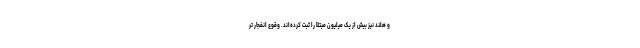
و هلند نیز بیش از یک میلیون مبتلا را ثبت کرده‌اند. وقوع انفجار تر